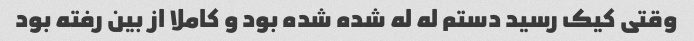
وقتی کیک رسید دستم له له شده شده بود و کاملا از بین رفته بود